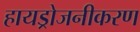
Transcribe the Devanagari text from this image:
हायड्रोजनीकरण